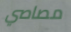
مصاصي